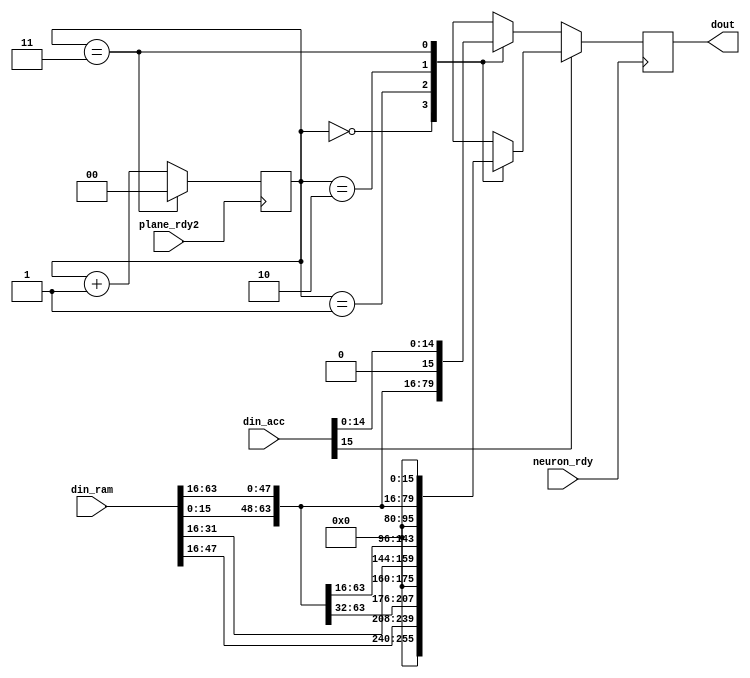
`timescale 1ns / 1ps
//////////////////////////////////////////////////////////////////////////////////
// Company: 
// Engineer: 
// 
// Design Name: 
// Module Name: out_mux
// Project Name: 
// Target Devices: 
// Tool Versions: 
// Description: 
// 
// Dependencies: 
// 
// Revision:
// Revision 0.01 - File Created
// Additional Comments:
// 
//////////////////////////////////////////////////////////////////////////////////


module data_pack(
     neuron_rdy
    ,plane_rdy2
    ,din_acc
    ,din_ram
    ,dout
    );
input neuron_rdy;
input plane_rdy2;
input [15:0] din_acc;
input [63:0] din_ram;
output [63:0] dout;


reg [63:0] dout = 0;
reg [1:0] counter = 0;

always@(posedge neuron_rdy) begin
    if(din_acc[15] == 1) begin                     // relu function
    case(counter)
    2'b00: dout <= {16'h0000,din_ram[47:0]};
    2'b01: dout <= {din_ram[63:48],16'h0000,din_ram[31:0]};
    2'b10: dout <= {din_ram[63:32],16'h0000,din_ram[15:0]};
    2'b11: dout <= {din_ram[63:16],16'h0000};
    endcase
    end
    else
    case(counter)
    2'b00: dout <= {din_acc,din_ram[47:0]};
    2'b01: dout <= {din_ram[63:48],din_acc,din_ram[31:0]};
    2'b10: dout <= {din_ram[63:32],din_acc,din_ram[15:0]};
    2'b11: dout <= {din_ram[63:16],din_acc};
    endcase
end

always@(posedge plane_rdy2) begin
    if(counter == 3) counter <= 0;
    else counter <= counter + 1;
    end
    

endmodule


module comp(
    ena
    ,a
    ,b
    ,o
    ,display);
input ena;
input [63:0] a;
input [63:0] b;
output o;
output [15:0] display;
reg o = 0;
wire [15:0] aa;
wire [15:0] bb;

reg [15:0] display = 0;
assign aa = a[63:48];
assign bb = b[15:0];
always@(*)begin
    if((aa==bb)&&(ena))
    begin o <= 1;display <= aa;end
    else if(ena) begin 
    display <= aa; 
    o<=0;end
    end
endmodule